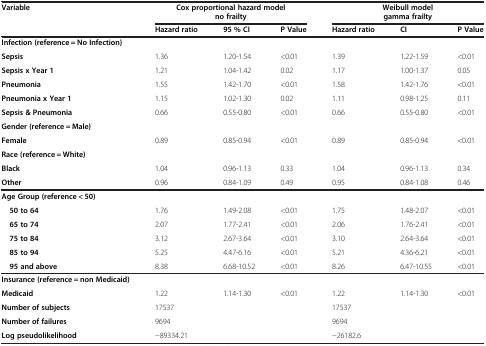
<table><thead><tr><td><b>Variable</b></td><td colspan="3"><b>Cox proportional hazard model no frailty</b></td><td colspan="3"><b>Weibull model gamma frailty</b></td></tr><tr><td><b> </b></td><td><b>Hazard ratio</b></td><td><b>95 % CI</b></td><td><b>P Value</b></td><td><b>Hazard ratio</b></td><td><b>CI</b></td><td><b>P Value</b></td></tr></thead><tbody><tr><td><b>Infection (reference = No Infection)</b></td><td> </td><td> </td><td> </td><td> </td><td> </td><td> </td></tr><tr><td><b>Sepsis</b></td><td>1.36</td><td>1.20-1.54</td><td>&lt;0.01</td><td>1.39</td><td>1.22-1.59</td><td>&lt;0.01</td></tr><tr><td><b>Sepsis x Year 1</b></td><td>1.21</td><td>1.04-1.42</td><td>0.02</td><td>1.17</td><td>1.00-1.37</td><td>0.05</td></tr><tr><td><b>Pneumonia</b></td><td>1.55</td><td>1.42-1.70</td><td>&lt;0.01</td><td>1.58</td><td>1.42-1.76</td><td>&lt;0.01</td></tr><tr><td><b>Pneumonia x Year 1</b></td><td>1.15</td><td>1.02-1.30</td><td>0.02</td><td>1.11</td><td>0.98-1.25</td><td>0.11</td></tr><tr><td><b>Sepsis &amp; Pneumonia</b></td><td>0.66</td><td>0.55-0.80</td><td>&lt;0.01</td><td>0.66</td><td>0.55-0.80</td><td>&lt;0.01</td></tr><tr><td><b>Gender (reference = Male)</b></td><td> </td><td> </td><td> </td><td> </td><td> </td><td> </td></tr><tr><td><b>Female</b></td><td>0.89</td><td>0.85-0.94</td><td>&lt;0.01</td><td>0.89</td><td>0.85-0.94</td><td>&lt;0.01</td></tr><tr><td><b>Race (reference = White)</b></td><td> </td><td> </td><td> </td><td> </td><td> </td><td> </td></tr><tr><td><b>Black</b></td><td>1.04</td><td>0.96-1.13</td><td>0.33</td><td>1.04</td><td>0.96-1.13</td><td>0.34</td></tr><tr><td><b>Other</b></td><td>0.96</td><td>0.84-1.09</td><td>0.49</td><td>0.95</td><td>0.84-1.08</td><td>0.46</td></tr><tr><td><b>Age Group (reference &lt; 50)</b></td><td> </td><td> </td><td> </td><td> </td><td> </td><td> </td></tr><tr><td> <b>50 to 64</b></td><td>1.76</td><td>1.49-2.08</td><td>&lt;0.01</td><td>1.75</td><td>1.48-2.07</td><td>&lt;0.01</td></tr><tr><td> <b>65 to 74</b></td><td>2.07</td><td>1.77-2.41</td><td>&lt;0.01</td><td>2.06</td><td>1.76-2.41</td><td>&lt;0.01</td></tr><tr><td> <b>75 to 84</b></td><td>3.12</td><td>2.67-3.64</td><td>&lt;0.01</td><td>3.10</td><td>2.64-3.64</td><td>&lt;0.01</td></tr><tr><td> <b>85 to 94</b></td><td>5.25</td><td>4.47-6.16</td><td>&lt;0.01</td><td>5.21</td><td>4.36-6.21</td><td>&lt;0.01</td></tr><tr><td> <b>95 and above</b></td><td>8.38</td><td>6.68-10.52</td><td>&lt;0.01</td><td>8.26</td><td>6.47-10.55</td><td>&lt;0.01</td></tr><tr><td><b>Insurance (reference = non Medicaid)</b></td><td> </td><td> </td><td> </td><td> </td><td> </td><td> </td></tr><tr><td><b>Medicaid</b></td><td>1.22</td><td>1.14-1.30</td><td>&lt;0.01</td><td>1.22</td><td>1.14-1.30</td><td>&lt;0.01</td></tr><tr><td><b>Number of subjects</b></td><td>17537</td><td> </td><td> </td><td>17537</td><td> </td><td> </td></tr><tr><td><b>Number of failures</b></td><td>9694</td><td> </td><td> </td><td>9694</td><td> </td><td> </td></tr><tr><td><b>Log pseudolikelihood</b></td><td>−89334.21</td><td> </td><td> </td><td>−26182.6</td><td> </td><td> </td></tr></tbody></table>